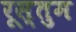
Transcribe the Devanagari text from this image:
रूस्तुम